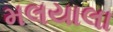
મલયાલા